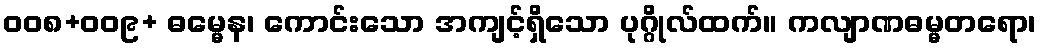
ဝဝ၈+ဝဝ၉+ ဓမ္မေန၊ ကောင်းသော အကျင့်ရှိသော ပုဂ္ဂိုလ်ထက်။ ကလျာဏဓမ္မတရော၊